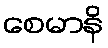
စေမာနိ